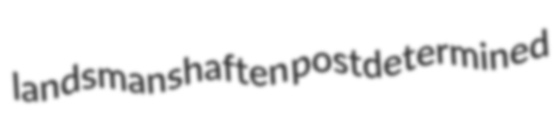
landsmanshaften postdetermined